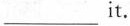
___ it.